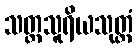
သတ္တသူရိယသုတ္တံ